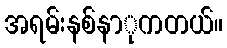
အရမ်းနစ်နာုကတယ်။